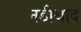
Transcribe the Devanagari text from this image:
नडीयाद